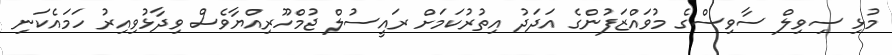
މުޅި ސިވިލް ސާވިސްގެ މުވައްޒަފުންގެ އަދަދު އިތުރުކަމަށް ރައީސުލް ޖުމްހޫރިއްޔާވެސް ވިދާޅުވިއިރު ހަމައެކަނި